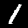
Digit: 1